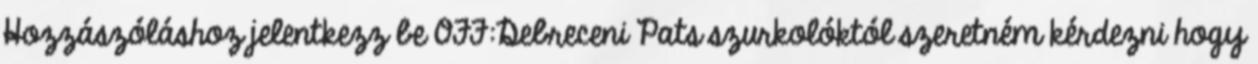
Hozzászóláshoz jelentkezz be OFF:Debreceni Pats szurkolóktól szeretném kérdezni hogy